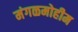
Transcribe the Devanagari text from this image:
मंगळमोहीम